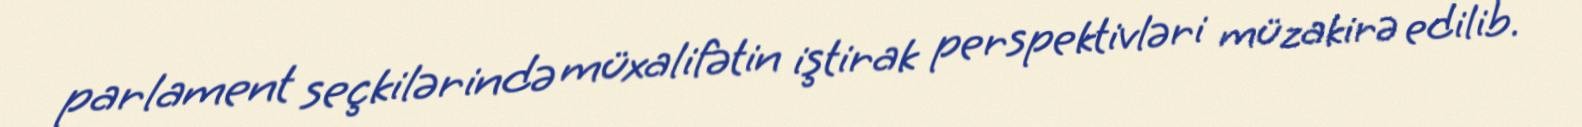
parlament seçkilərində müxalifətin iştirak perspektivləri müzakirə edilib.